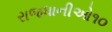
રાજધાનીઓ૧૦